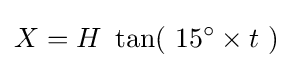
X=H\ \tan(\ 15^{\circ }\times t\ )\